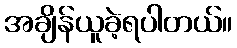
အချိန်ယူခဲ့ရပါတယ်။